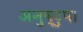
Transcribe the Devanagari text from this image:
अनुष्टुप।